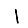
Digit: 1